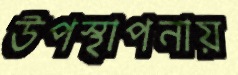
উপস্থাপনায়